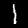
Digit: 1